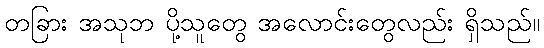
တခြား အသုဘ ပို့သူတွေ အလောင်းတွေလည်း ရှိသည်။